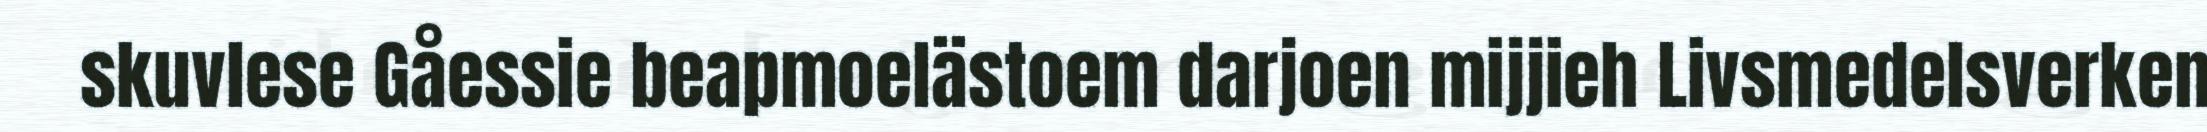
skuvlese Gåessie beapmoelästoem darjoen mijjieh Livsmedelsverken